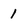
Character: 1